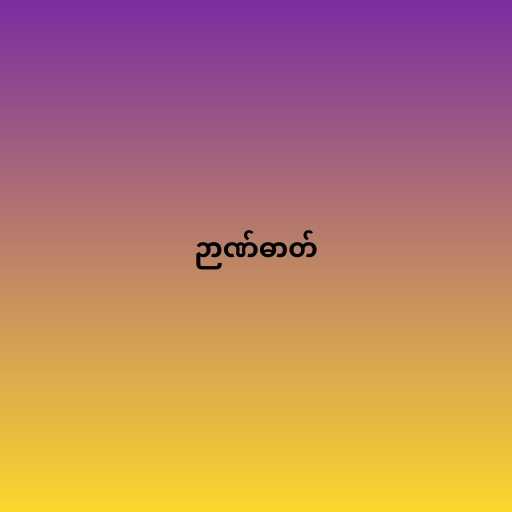
ဉာဏ်ဓာတ်